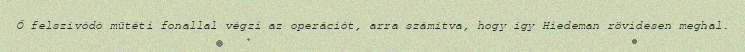
Ő felszívódó műtéti fonallal végzi az operációt, arra számítva, hogy így Hiedeman rövidesen meghal.